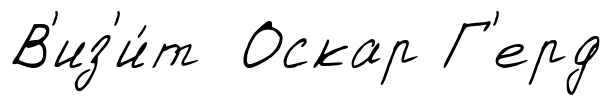
В'из'и́т Оскар Г'ерд